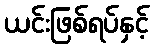
ယင်းဖြစ်ရပ်နှင့်